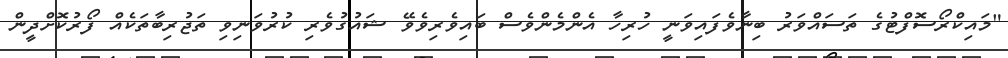
"މައިކްރޯސޮފްޓުގެ ތަސައްވަރު ބިނާވެފައިވަނީ ހުރިހާ އެންމެންވެސް ބައިވެރިވެވޭ ޝައުގުވެރި ކުރުވަނިވި ތަޖުރިބާތަކެއް ފޯރުކޮށްދީން